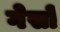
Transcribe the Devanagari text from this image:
गेसों